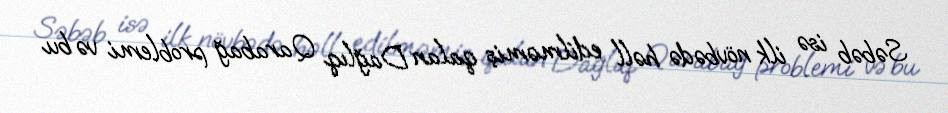
Səbəb isə ilk növbədə həll edilməmiş qalan Dağlıq Qarabağ problemi və bu